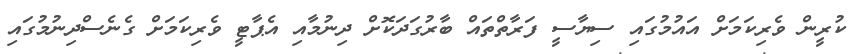
ކުރީން ވެރިކަމަށް އައުމުގައި ސިޔާސީ ފަރާތްތައް ބާރުގަދަކޮށް ދިނުމާއި އެޕާޓީ ވެރިކަމަށް ގެނެސްދިނުމުގައި